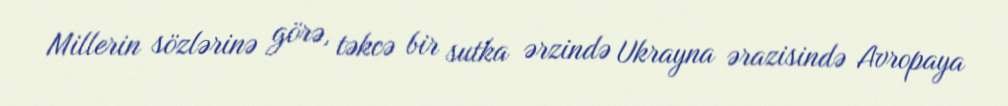
Millerin sözlərinə görə, təkcə bir sutka ərzində Ukrayna ərazisində Avropaya